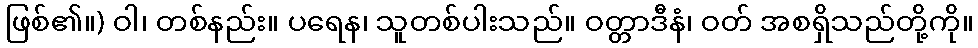
ဖြစ်၏။) ဝါ၊ တစ်နည်း။ ပရေန၊ သူတစ်ပါးသည်။ ဝတ္တာဒီနံ၊ ဝတ် အစရှိသည်တို့ကို။